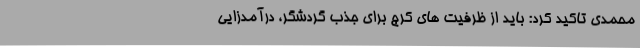
محمدی تاکید کرد: باید از ظرفیت های کرج برای جذب گردشگر، درآمدزایی